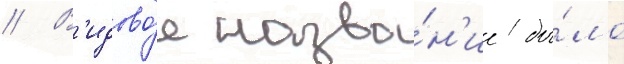
// В'идово́е назва́н'ие бы́ло